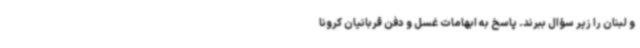
و لبنان را زیر سؤال ببرند. پاسخ به ابهامات غسل و دفن قربانیان کرونا